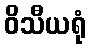
ဝိသီယရုံ